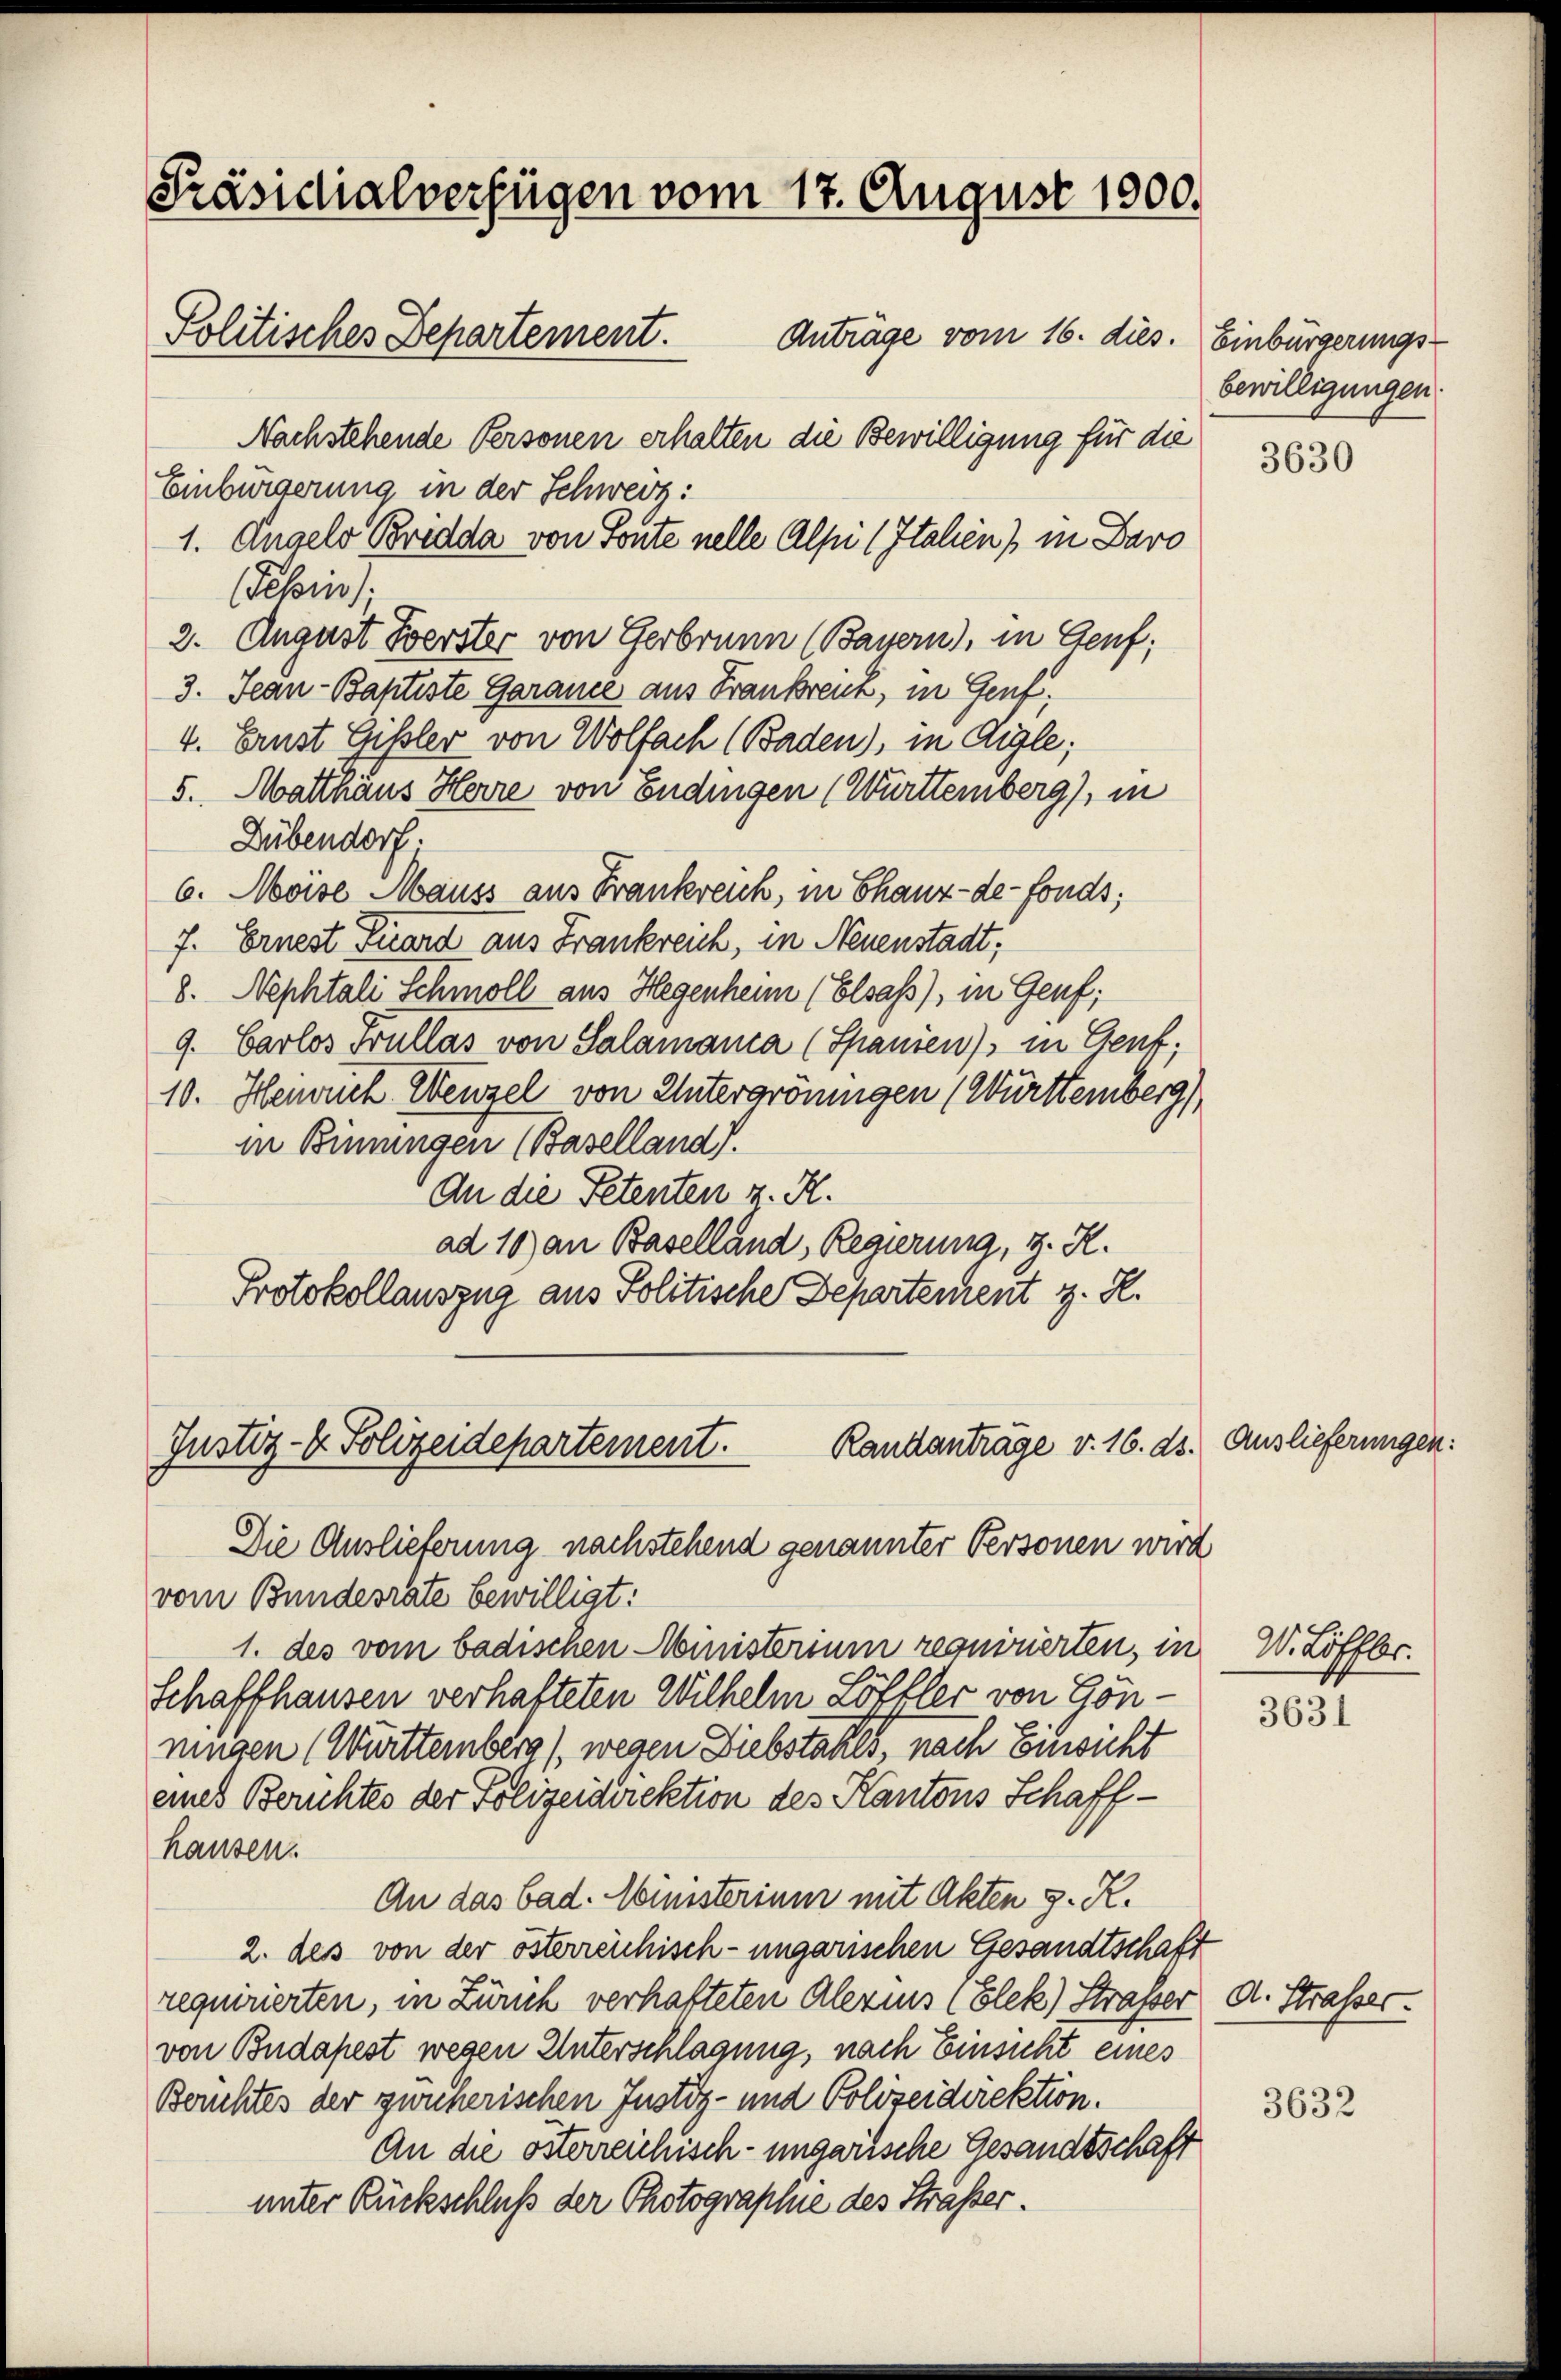
Präsidialverfügen vom 17. August 1800.
Politisches Departement.
Anträge vom 16. dies. Einbürgerungs¬

Nachstehende Personen erhalten die Bewilligung für die
Einbürgerung in der Schweiz:
1. Angelo Bridda von Toute nelle Alpi (Italien) in Baro
Febin;
2. August Zerster von Gerbrunn (Bayern), in Genf;
3. Jean - Baptiste Garance aus Frankreich, in Genf,
4. Ernst Gisler von Wolfach (Baden), in Aigle;
5. Matthäus Herre von Endingen (Württemberg), in
Dübendorf:
6. Moise Mauss aus Frankreich, in Thauz-de-Fonds;
7. Ernest Firard aus Frankreich, in Neuenstadt;
8. Nephtali Schmoll aus Hegenheim (Elsass), in Genf;
9. Carlos Trüllas von Salamania (Spanien) in Genf,
10. Henrich Wenzel von Untergröningen (Württemberg)
in Binnungen (Baselland).
An die Petenten z. R.
ad 10) an Baselland, Regierung, z. R.
Protokollauszug aus Politische Departement z. R.

Randantrage v. 16. ds. Auslieferungen
Justiz- & Polizeidepartement.
Die Auslieferung nachstehend genannter Personen wird

vom Bundesrate bewilligt:
1. des vom badischen Ministerium requirierten, in W. Löffbr.
Schaffhausen verhafteten Wilhelm Löffler von Gönningen (Württemberg) wegen Diebstahls, nach Einsicht
eines Berichtes der Polizeidirektion des Kantons Schaffhausen.
An das bad. Ministerium mit Akten S. R.
2. des von der österreichisch-ungarischen Gesandtschaft
requirierten, in Zürich verhafteten Alerins (Elek) Strasser A. Strasser.
von Budapest wegen Unterschlagung, nach Einsicht eines
Berichtes der gwicherischen Justiz- und Polizeidirektion.
An die österreichisch-ungarische Gesandtschaft
unter Rückschluß der Photographie des Sträßer.

bewilligungen.

3630

3631

3632

s: